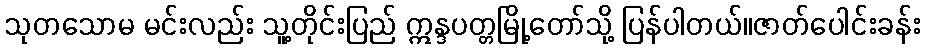
သုတသောမ မင်းလည်း သူ့တိုင်းပြည် ဣန္ဒပတ္တမြို့တော်သို့ ပြန်ပါတယ်။ဇာတ်ပေါင်းခန်း